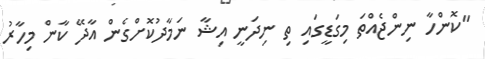
"ކޮންހާ ނިންޖެއްތަ މިގަޑީގައި ތި ނިދަނީ އިޝާ ނަމާދުކޮށްގެން އާދޭ ކާން މިހާރު